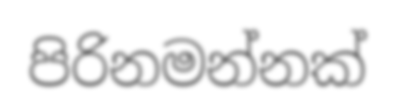
පිරිනමන්නක්